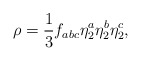
\begin{align*}\rho =\frac{1}{3}f_{abc}\eta _{2}^{a}\eta _{2}^{b}\eta _{2}^{c}, \end{align*}